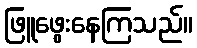
ဖြူဖွေးနေကြသည်။